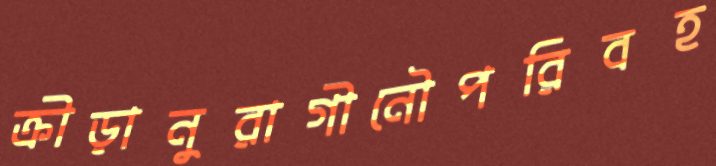
ক্রীড়ানুরাগীনৌপরিবহ